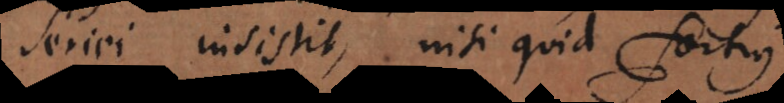
seriei insistit, nisi quid fortius